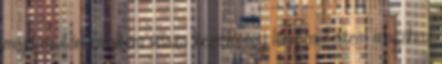
majd miután emeltem vissza kezem, egy lány mellettem magához